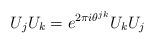
LaTeX: \begin{align*}U_{j}U_{k} = e^{2\pi i \theta^{jk}} U_{k}U_{j}\end{align*}